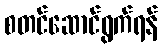
စတင်ဆောင်ရွက်ရန်